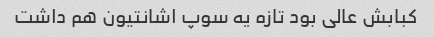
کبابش عالی بود تازه یه سوپ اشانتیون هم داشت